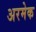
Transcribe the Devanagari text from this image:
अरमेक